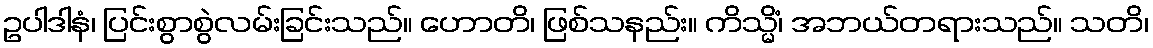
ဥပါဒါနံ၊ ပြင်းစွာစွဲလမ်းခြင်းသည်။ ဟောတိ၊ ဖြစ်သနည်း။ ကိသ္မိံ၊ အဘယ်တရားသည်။ သတိ၊